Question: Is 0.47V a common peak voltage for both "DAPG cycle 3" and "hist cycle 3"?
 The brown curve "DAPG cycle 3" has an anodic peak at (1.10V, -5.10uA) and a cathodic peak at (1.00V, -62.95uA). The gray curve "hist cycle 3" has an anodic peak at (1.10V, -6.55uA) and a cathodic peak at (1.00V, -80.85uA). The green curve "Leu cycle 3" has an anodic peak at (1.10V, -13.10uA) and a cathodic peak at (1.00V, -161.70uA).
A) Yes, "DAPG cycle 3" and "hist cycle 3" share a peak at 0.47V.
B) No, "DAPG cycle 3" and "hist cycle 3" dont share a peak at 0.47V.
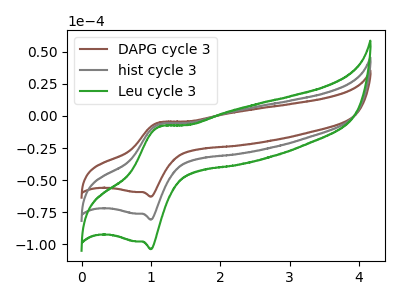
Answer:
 <answer>B) No, "DAPG cycle 3" and "hist cycle 3" dont share a peak at 0.47V.</answer>
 <eval>B</eval>